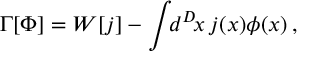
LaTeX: \Gamma [ \Phi ] = W [ j ] - \int \! \! d ^ { D } \! x \, j ( x ) \phi ( x ) \, ,